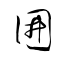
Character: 囲